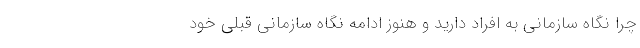
چرا نگاه سازمانی به افراد دارید و هنوز ادامه نگاه سازمانی قبلی خود